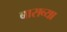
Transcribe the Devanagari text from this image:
बाराव्‍या